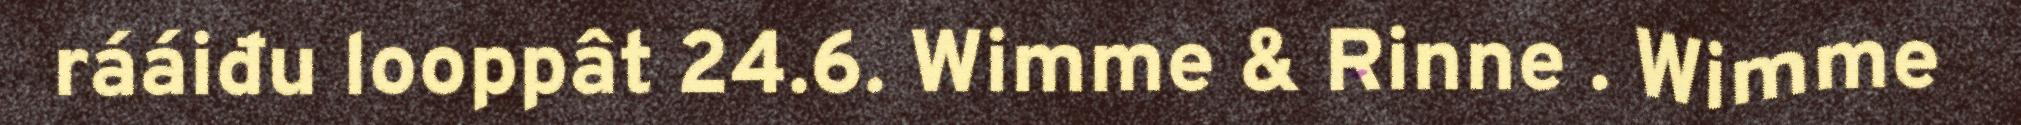
rááiđu looppât 24.6. Wimme & Rinne . Wimme